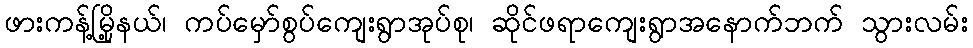
ဖားကန့်မြို့နယ်၊ ကပ်မှော်စွပ်ကျေးရွာအုပ်စု၊ ဆိုင်ဖရာကျေးရွာအနောက်ဘက် သွားလမ်း